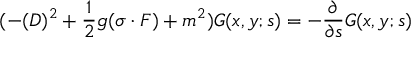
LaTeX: ( - ( D ) ^ { 2 } + \frac { 1 } { 2 } g ( \sigma \cdot F ) + m ^ { 2 } ) { \cal G } ( x , y ; s ) = - \frac { \partial } { \partial s } { \cal G } ( x , y ; s )